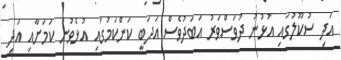
އަދި ސުކޫލުގައި އުޅުނު ދުވަސްވަރު އަބަދުވެސް އަދަބީ ކަންކަމުގައި އުޅެވުނު ކަމަށާއި އަދި